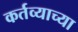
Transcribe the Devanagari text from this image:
कर्तव्याच्या